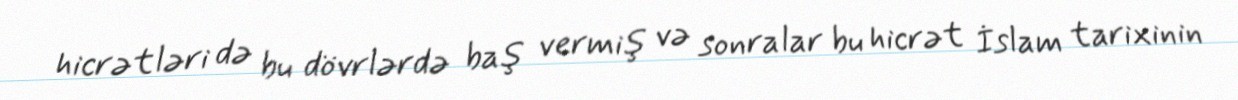
hicrətləri də bu dövrlərdə baş vermiş və sonralar bu hicrət İslam tarixinin